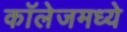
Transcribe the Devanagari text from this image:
कॉलेजमध्‍ये